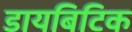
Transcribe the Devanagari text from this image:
डायबिटिक